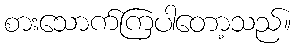
စားသောက်ကြပါတော့သည်။